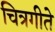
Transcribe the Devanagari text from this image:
चित्रगीते